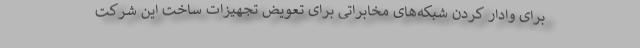
برای وادار کردن شبکه‌های مخابراتی برای تعویض تجهیزات ساخت این شرکت